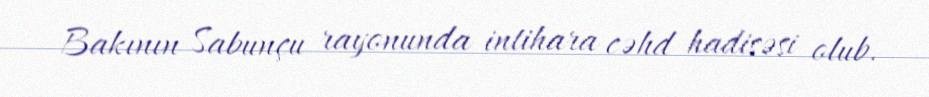
Bakının Sabunçu rayonunda intihara cəhd hadisəsi olub.